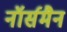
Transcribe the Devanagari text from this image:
नॉर्समैन